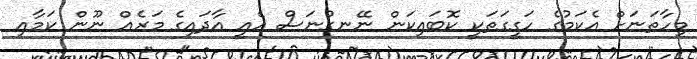
މިހާތަނަށް އެކަމުގެ ހަގީގަތަކީ ކޮބައިކަން ނޭނގުނަސް އެއީ އާދައިގެ މަރެއް ނޫން ކަމާއި